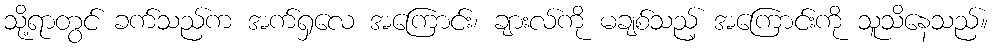
သို့ရာတွင် ခက်သည်က အက်ရှလေ အကြောင်း၊ ချားလ်ကို မချစ်သည့် အကြောင်းကို သူသိနေသည်။